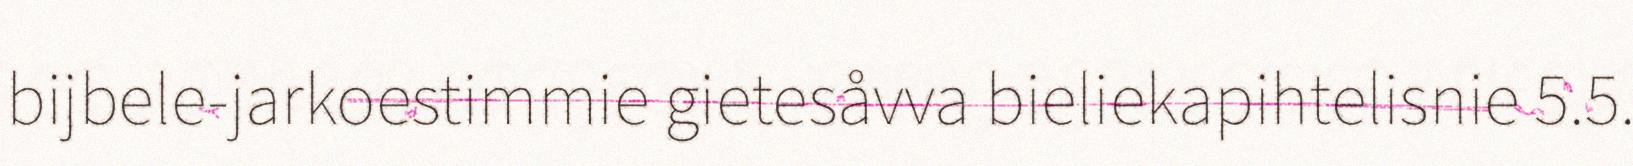
bijbele-jarkoestimmie gietesåvva bieliekapihtelisnie 5.5.